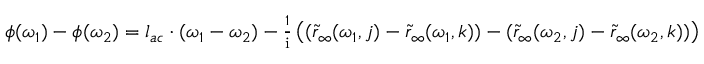
\begin{array} { r } { \phi ( \omega _ { 1 } ) - \phi ( \omega _ { 2 } ) = l _ { a c } \cdot ( \omega _ { 1 } - \omega _ { 2 } ) - \frac { 1 } { \mathrm { i } } \left( ( \tilde { r } _ { \infty } ( \omega _ { 1 } , j ) - \tilde { r } _ { \infty } ( \omega _ { 1 } , k ) ) - ( \tilde { r } _ { \infty } ( \omega _ { 2 } , j ) - \tilde { r } _ { \infty } ( \omega _ { 2 } , k ) ) \right) } \end{array}